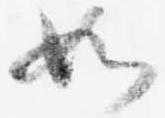
如